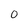
Character: O